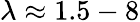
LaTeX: \lambda\approx 1.5-8